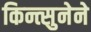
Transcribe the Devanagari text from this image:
किन्त्सुनेने